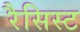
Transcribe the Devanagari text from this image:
रैसिस्ट